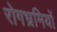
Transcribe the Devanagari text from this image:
रोगभ्रमियों